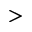
>